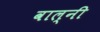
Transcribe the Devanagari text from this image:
वाल्नी